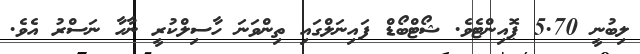
ލިބުނީ 5.70 ޕޮއިންޓެވެ. ޝޯޓްބޯޑް ފައިނަލްގައި ތިންވަނަ ހާސިލްކުރީ ނާހާ ނަސްރު އެވެ.